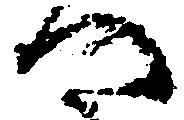
へ